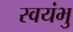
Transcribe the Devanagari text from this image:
स्‍वयंभु